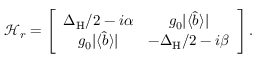
\mathcal { H } _ { r } = \left[ \begin{array} { c c } { \Delta _ { \mathrm { H } } / 2 - i \alpha } & { g _ { 0 } | \langle \hat { b } \rangle | } \\ { g _ { 0 } | \langle \hat { b } \rangle | } & { - \Delta _ { \mathrm { H } } / 2 - i \beta } \end{array} \right] .